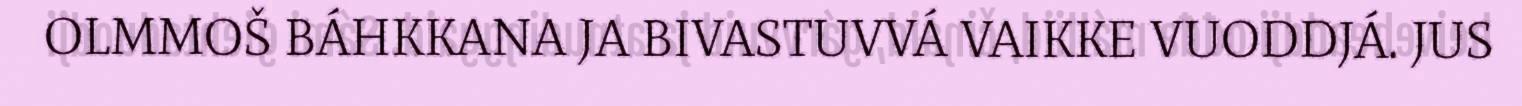
OLMMOŠ BÁHKKANA JA BIVASTUVVÁ VAIKKE VUODDJÁ. JUS